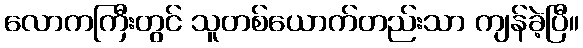
လောကကြီးတွင် သူတစ်ယောက်တည်းသာ ကျန်ခဲ့ပြီ။